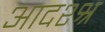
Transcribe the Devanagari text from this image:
आदश्श्र